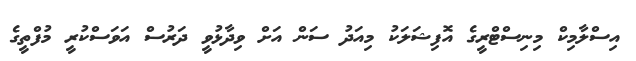
އިސްލާމިކް މިނިސްޓްރީގެ އޮފިޝަލަކު މިއަދު ސަން އަށް ވިދާޅުވީ ދަރުސް އަވަސްކުރީ މުފްތީގެ